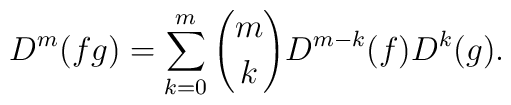
D^m(fg) = \sum_{k=0}^m {m \choose k} D^{m-k}(f) D^k(g).